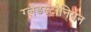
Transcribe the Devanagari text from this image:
ग्लैडस्टोनियन